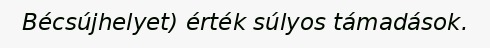
Bécsújhelyet) érték súlyos támadások.